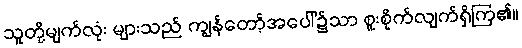
သူတို့မျက်လုံး များသည် ကျွန်တော့်အပေါ်၌သာ စူးစိုက်လျက်ရှိကြ၏။